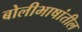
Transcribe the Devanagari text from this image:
बोलीभाषांतील